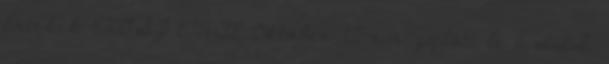
Értékek EKOSZ EMTE Október 12-én zajlott le a III.